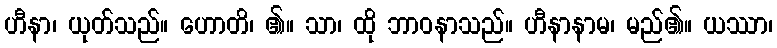
ဟီနာ၊ ယုတ်သည်။ ဟောတိ၊ ၏။ သာ၊ ထို ဘာဝနာသည်။ ဟီနာနာမ၊ မည်၏။ ယဿာ၊